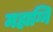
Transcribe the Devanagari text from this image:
महाग्नि